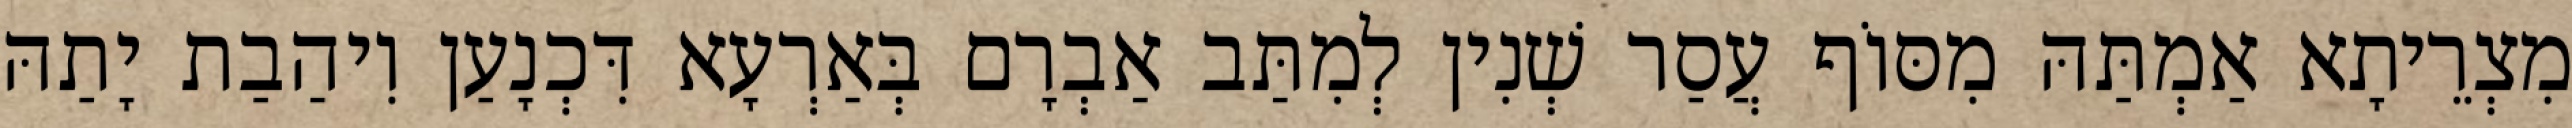
מִצְרֵיתָא אַמְתַּהּ מִסּוֹף עֲסַר שְׁנִין לְמִתַּב אַבְרָם בְּאַרְעָא דִּכְנָעַן וִיהַבַת יָתַהּ